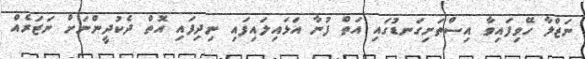
ނަޒްލާ ހޭވިފައިވާ އިސްތަށިގަނޑުގައި އަތް ފުނާ އަޅައިލައިފައި ނިދިފައި އޮތް ދެކުދީންނަށް ނަޒަރެއް